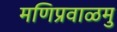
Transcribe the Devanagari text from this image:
मणिप्रवाळमु